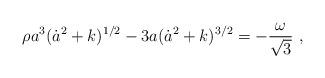
LaTeX: \begin{align*}\rho a^{3}(\dot{a}^{2}+k)^{1/2}- 3a(\dot{a}^{2}+k)^{3/2}=-\frac{\omega}{\sqrt{3}} ~,\end{align*}